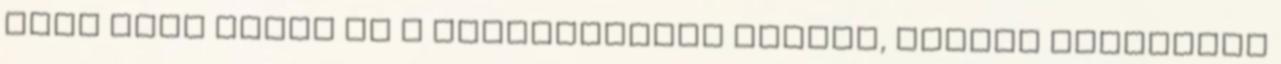
Torn from Earth és a Stereochrist dobosa, akinek egyébként